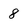
Character: 8